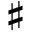
\sharp